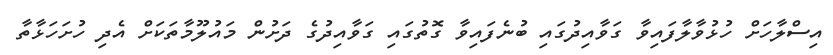
އިސްލާހަށް ހުޅުވާލާފައިވާ ގަވާއިދުގައި ބުނެފައިވާ ގޮތުގައި ގަވާއިދުގެ ދަށުން މައުލޫމާތަކަށް އެދި ހުށަހަޅާތާ